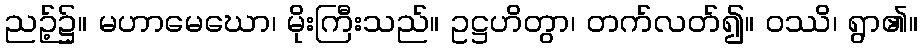
ညဉ့်၌။ မဟာမေဃော၊ မိုးကြီးသည်။ ဥဋ္ဌဟိတွာ၊ တက်လတ်၍။ ဝဿိ၊ ရွာ၏။